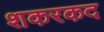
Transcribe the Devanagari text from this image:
शकरकद